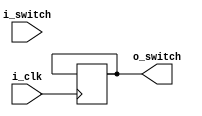
module Debounce_Switch (
    input i_clk,
    input i_switch,
    output o_switch
);
    parameter c_Debounce_limit = 500000 ; // 10 ms at 50 MHz

    reg [17:0] r_Count = 0 ;
    reg        r_prev_state = 1'b0;

    always @(posedge i_clk) 
    begin
    if(i_switch !== r_prev_state && r_Count < c_Debounce_limit)    
    begin
        r_Count <= r_Count +1;
    end
    else if (r_Count == c_Debounce_limit) 
    begin
        r_Count <= 0;
        r_prev_state <= i_switch;    
    end
    else 
        r_Count <=0;
    end

    assign o_switch = r_prev_state;
endmodule